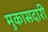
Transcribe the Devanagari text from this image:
मुकासदारी